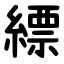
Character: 縹